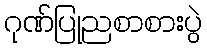
ဂုဏ်ပြုညစာစားပွဲ